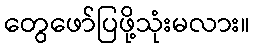
တွေဖော်ပြဖို့သုံးမလား။